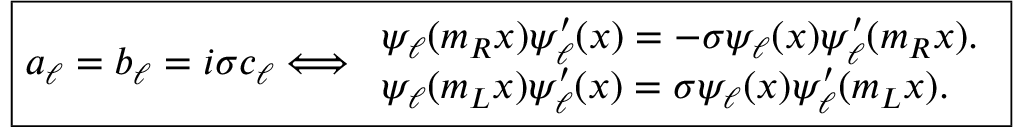
\boxed { a _ { \ell } = b _ { \ell } = i \sigma c _ { \ell } \Longleftrightarrow \begin{array} { l r } { \psi _ { \ell } ( m _ { R } x ) \psi _ { \ell } ^ { \prime } ( x ) = - \sigma \psi _ { \ell } ( x ) \psi _ { \ell } ^ { \prime } ( m _ { R } x ) . } \\ { \psi _ { \ell } ( m _ { L } x ) \psi _ { \ell } ^ { \prime } ( x ) = \sigma \psi _ { \ell } ( x ) \psi _ { \ell } ^ { \prime } ( m _ { L } x ) . } \end{array} }